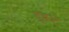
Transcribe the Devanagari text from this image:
दुकटे